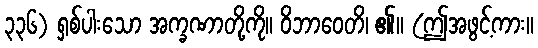
၃၃၆) ရှစ်ပါးသော အက္ခဏာတို့ကို။ ဝိဘာဝေတိ၊ ၏။ (ဤအဖွင့်ကား။